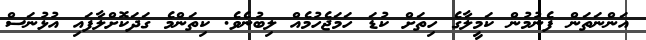
އަންނަތަން ފެނުމުން ކަމީލާގެ ހިތަށް ކުޑަ ހަމަޖެހުމެއް ލިބުނެވެ. ކިތަންމެ ގަދަކޮށްލާފައި އުޅުނަސް